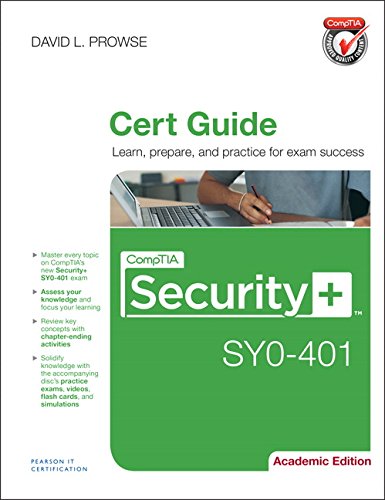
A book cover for CompTIA Security+ SY0-401 Cert Guide, Academic Edition; David L. Prowse; Computers & Technology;